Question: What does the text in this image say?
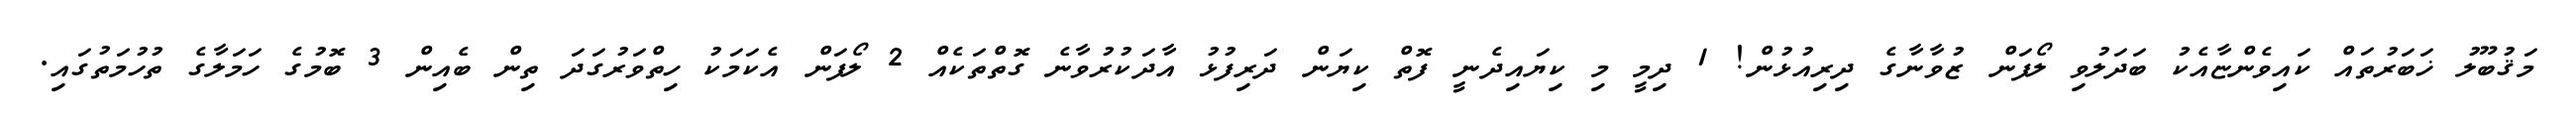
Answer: މަޤުބޫލު ޚަބަރުތައް ކައިވެންޏާއެކު ބަދަލުވި ލޯފަން ޒުވާނާގެ ދިރިއުޅުން! 1 ދިމީ މި ކިޔައިދެނީ ފޮތް ކިޔަން ދަރިފުޅު އާދަކުރުވާނެ ގޮތްތަކެއް 2 ލޯފަން އެކަމަކު ހިތްވަރުގަދަ ތިން ބެއިން 3 ބޮމުގެ ހަމަލާގެ ތުހުމަތުގައި.